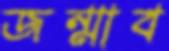
জন্মাব